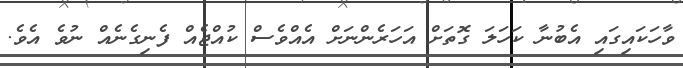
ވާހަކައިގައި އެބުނާ ކަހަލަ ގޮތަށް އަހަރެންނަށް އެއްވެސް ކުއްޖެއް ފެނިގެނެއް ނުވެ އެވެ.